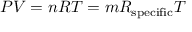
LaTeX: P V = n R T = m R _ { \mathrm { { s p e c i f i c } } } T